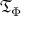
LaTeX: { \mathfrak { T } } _ { \Phi }